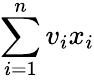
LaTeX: \sum_{i=1}^{n}v_{i}x_{i}